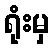
ရုံးမှ